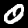
Digit: 0